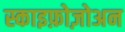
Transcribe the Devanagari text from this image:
स्काइफ़ोज़ोअन